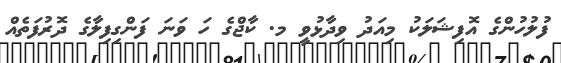
ފުލުހުންގެ އޮފިޝަލަކު މިއަދު ވިދާޅުވީ މ. ކާޖްގެ ހަ ވަނަ ފަންގިފިލާގެ ދޮރުފަތެއް